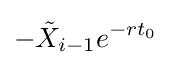
-{\tilde {X}}_{i-1}e^{-rt_{0}}